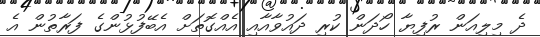
ދެ މިލިއަން ރުފިޔާ ހޯދަން ކުރި ދައުވާއާއި އެއްގޮތަށް އެބޭފުޅުންގެ ފަރާތުން އެ